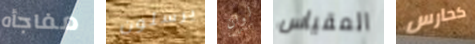
مفاجأه يرسلون لوان المقياس كحارس